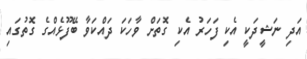
އަދި ނަޝީދަކީ އެކި ފަހަރު އެކި ގޮތަށް ވާހަކަ ދައްކަވާ ބޭފޫޅެއްގެ ގޮތުގައި